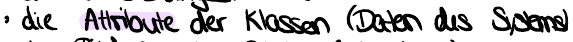
die Attribute der Klassen (Daten des Systems)